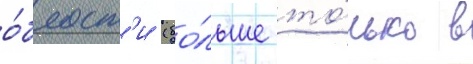
о́бласт'и (бо́льше то́лько в